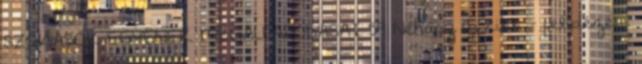
SZOKÁSOK EGYÉNEK MEGÁLLAPODÁSAI 59 Néhány új cikk - felidézem